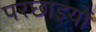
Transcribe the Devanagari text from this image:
परछाइयों